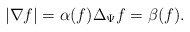
\begin{align*} |\nabla f | = \alpha(f) \Delta_{\Psi} f = \beta (f). \end{align*}